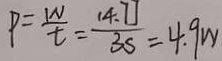
P = \frac { W } { t } = \frac { 1 4 . 7 J } { 3 S } = 4 . 9 W